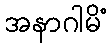
အနာဂါမိံ